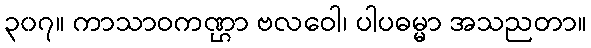
၃၀၇။ ကာသာဝကဏ္ဌာ ဗလဝေါ၊ ပါပဓမ္မာ အသညတာ။